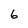
Character: 6